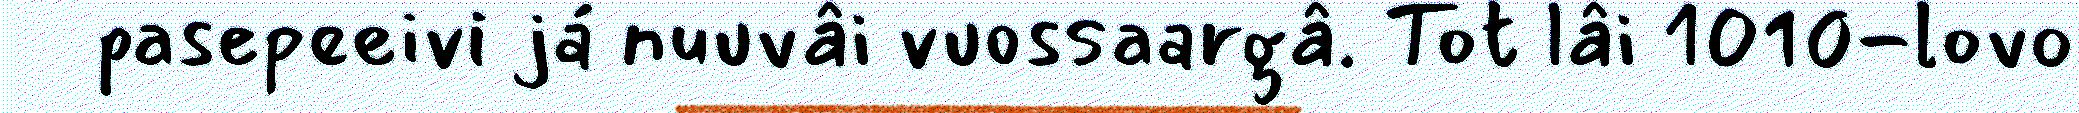
pasepeeivi já nuuvâi vuossaargâ. Tot lâi 1010-lovo